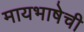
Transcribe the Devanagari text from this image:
मायभाषेची